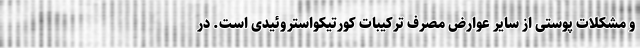
و مشکلات پوستی از سایر عوارض مصرف ترکیبات کورتیکواستروئیدی است. در